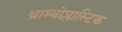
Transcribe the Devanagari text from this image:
थ्राम्बोप्लास्टिक